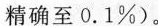
精确至0.1%)。